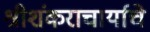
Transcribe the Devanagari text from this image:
श्रीशंकराचार्याचे